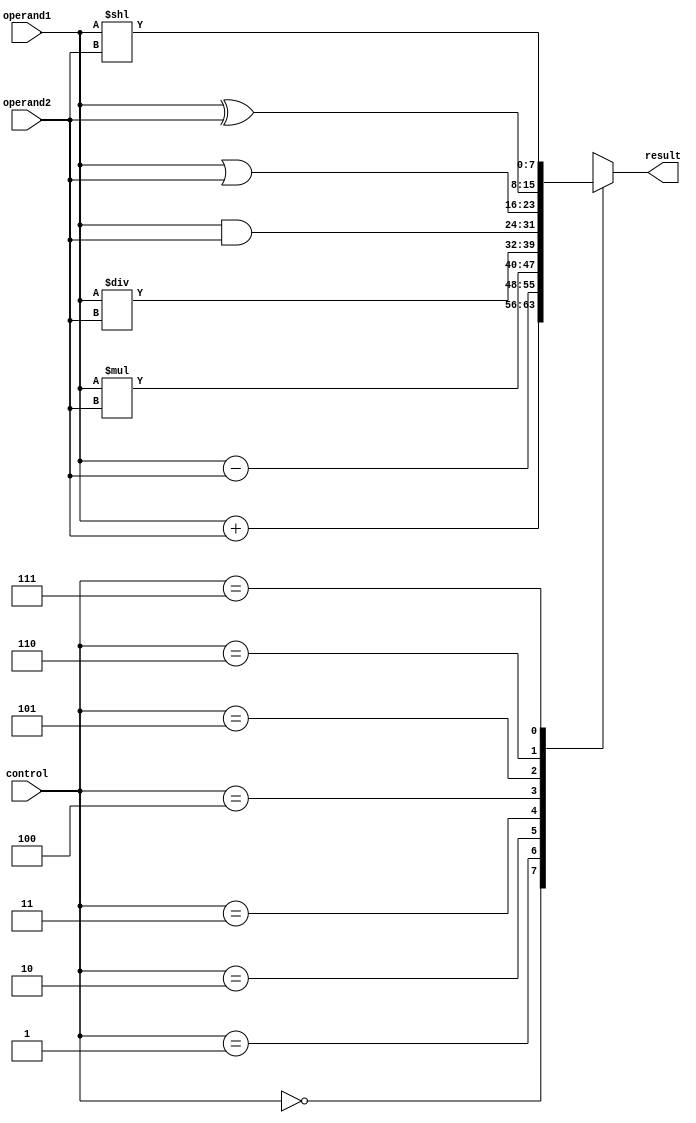
module ALU(
    input wire [7:0] operand1,
    input wire [7:0] operand2,
    input wire [2:0] control,
    output reg [7:0] result
);

always @(*)
begin
    case(control)
        3'b000: result = operand1 + operand2; // Addition
        3'b001: result = operand1 - operand2; // Subtraction
        3'b010: result = operand1 * operand2; // Multiplication
        3'b011: result = operand1 / operand2; // Division
        3'b100: result = operand1 & operand2; // AND operation
        3'b101: result = operand1 | operand2; // OR operation
        3'b110: result = operand1 ^ operand2; // XOR operation
        3'b111: result = operand1 << operand2; // Shift left operation
    endcase
end

endmodule